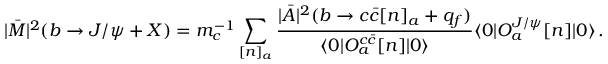
| \bar { \cal M } | ^ { 2 } ( b \rightarrow J / \psi + X ) = m _ { c } ^ { - 1 } \sum _ { [ n ] _ { a } } \frac { | \bar { \cal A } | ^ { 2 } ( b \rightarrow c \bar { c } [ n ] _ { a } + q _ { f } ) } { \langle 0 | O _ { a } ^ { c \bar { c } } [ n ] | 0 \rangle } \langle 0 | O _ { a } ^ { J / \psi } [ n ] | 0 \rangle \, .